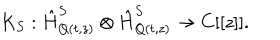
K _ { S } : \hat { H } _ { Q ( t , z ) } ^ { S } \otimes \hat { H } _ { Q ( t , z ) } ^ { S } \rightarrow C [ [ z ] ] .